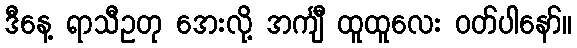
ဒီနေ့ ရာသီဥတု အေးလို့ အင်္ကျီ ထူထူလေး ဝတ်ပါနော်။